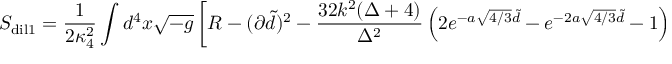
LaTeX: S _ { \mathrm { d i l 1 } } = { \frac { 1 } { 2 \kappa _ { 4 } ^ { 2 } } } \int d ^ { 4 } x \sqrt { - g } \left[ R - ( \partial \tilde { d } ) ^ { 2 } - \frac { 3 2 k ^ { 2 } ( \Delta + 4 ) } { \Delta ^ { 2 } } \left( 2 e ^ { - a \sqrt { 4 / 3 } \tilde { d } } - e ^ { - 2 a \sqrt { 4 / 3 } \tilde { d } } - 1 \right) \right] .